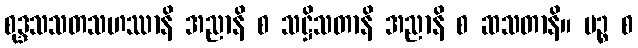
စုဒ္ဒသသတသဟဿာနိ အညာနိ စ သဋ္ဌိသတာနိ အညာနိ စ ဆသတာနိ။ ပဉ္စ စ